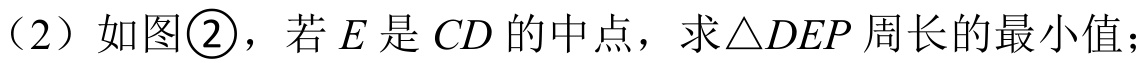
（2）如图\textcircled{2}，若\(E\)是\(CD\)的中点，求\(\triangle DEP\)周长的最小值；